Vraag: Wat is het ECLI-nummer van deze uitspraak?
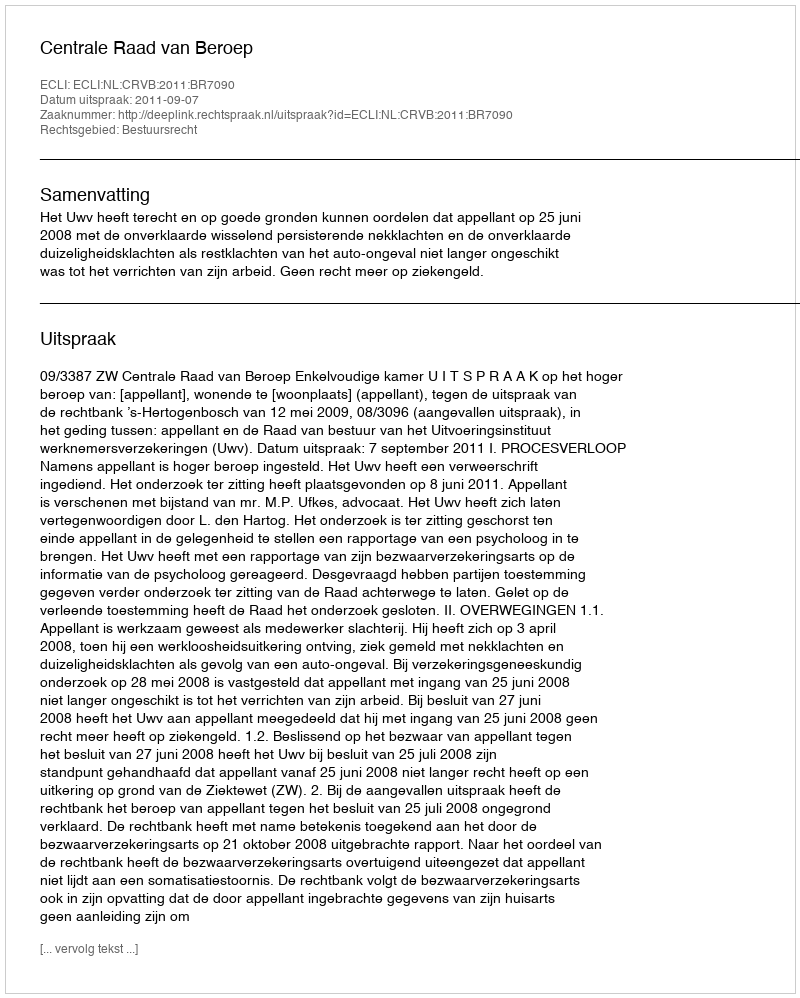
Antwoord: ECLI:NL:CRVB:2011:BR7090